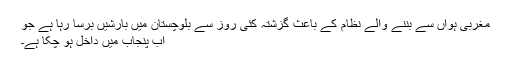
مغربی ہواں سے بننے والے نظام کے باعث گزشتہ کئی روز سے بلوچستان میں بارشیں برسا رہا ہے جو
اب پنجاب میں داخل ہو چکا ہے۔